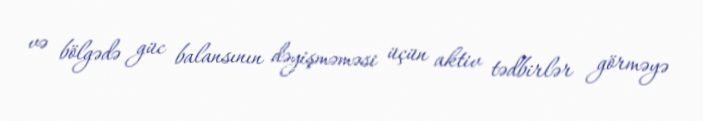
və bölgədə güc balansının dəyişməməsi üçün aktiv tədbirlər görməyə